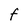
Character: F